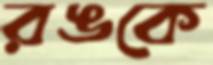
রঙকে